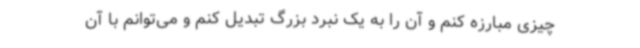
چیزی مبارزه کنم و آن را به یک نبرد بزرگ تبدیل کنم و می‌توانم با آن